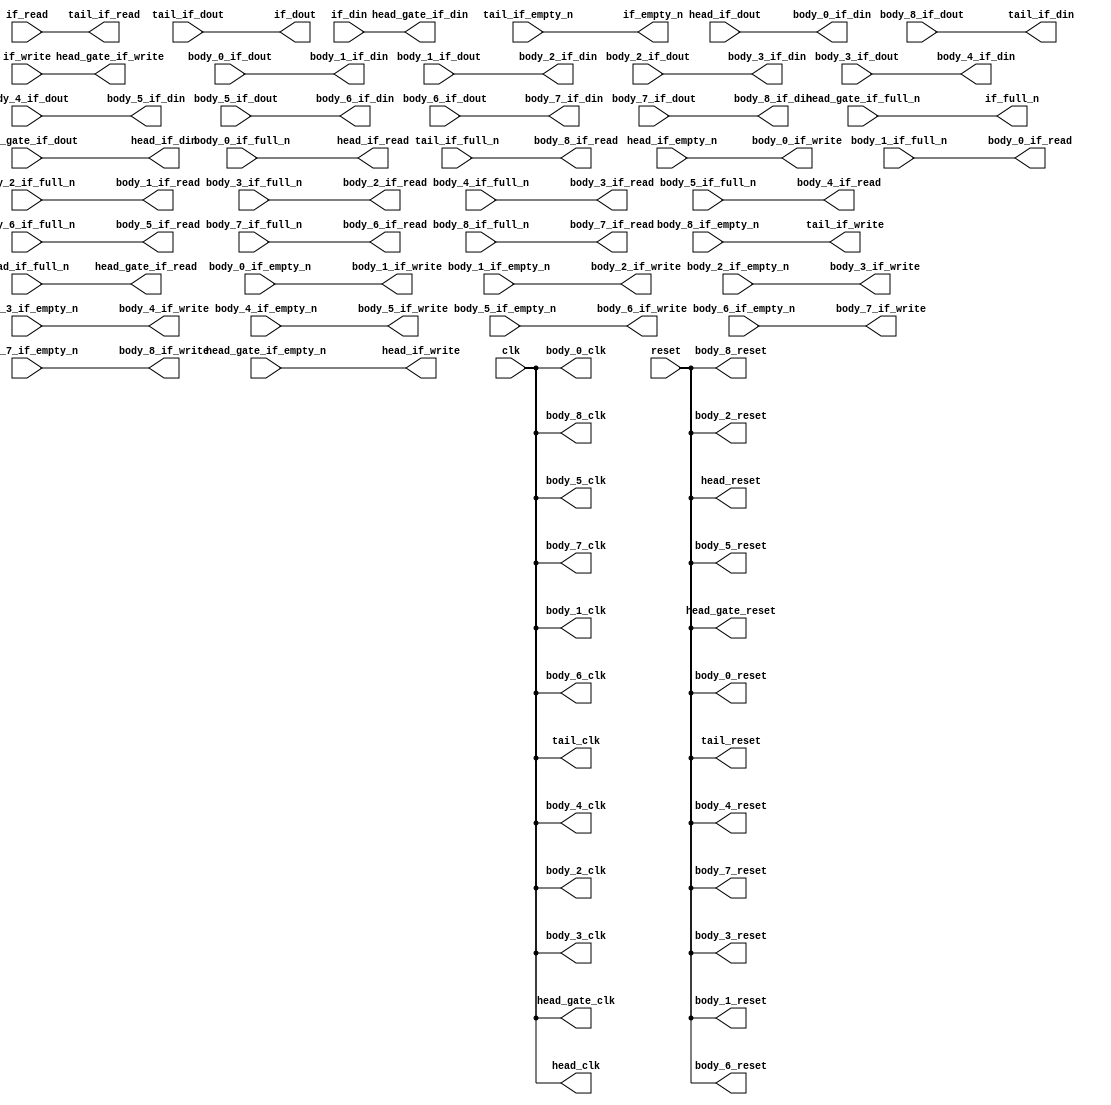
`timescale 1 ns / 1 ps
module __rs___rs_hs_pipeline_aux #(
    parameter DATA_WIDTH                      = 32,
    parameter DEPTH                           = 24,
    parameter PIPELINE_READY_IN_HEAD          = 1,
    parameter PIPELINE_VALID_AND_DATA_IN_HEAD = 0,
    parameter PIPELINE_BODY_LEVEL             = 2,
    parameter MEM_STYLE                       = 0,
    parameter __HEAD_REGION                   = "",
    parameter __BODY_0_REGION                 = "",
    parameter __BODY_1_REGION                 = "",
    parameter __BODY_2_REGION                 = "",
    parameter __BODY_3_REGION                 = "",
    parameter __BODY_4_REGION                 = "",
    parameter __BODY_5_REGION                 = "",
    parameter __BODY_6_REGION                 = "",
    parameter __BODY_7_REGION                 = "",
    parameter __BODY_8_REGION                 = "",
    parameter __TAIL_REGION                   = "",
    parameter GRACE_PERIOD                    = PIPELINE_BODY_LEVEL * 2 + PIPELINE_READY_IN_HEAD + PIPELINE_VALID_AND_DATA_IN_HEAD,
    parameter REAL_DEPTH                      = GRACE_PERIOD + DEPTH + 4,
    parameter REAL_ADDR_WIDTH                 = $clog2 ( REAL_DEPTH )
) (
    input wire                       clk,
    input wire                       reset,
    output wire                      if_full_n,
    input wire                       if_write,
    input wire  [(DATA_WIDTH - 1):0] if_din,
    output wire                      if_empty_n,
    input wire                       if_read,
    output wire [(DATA_WIDTH - 1):0] if_dout,
    output wire                      head_gate_clk,
    output wire [(DATA_WIDTH - 1):0] head_gate_if_din,
    input wire  [(DATA_WIDTH - 1):0] head_gate_if_dout,
    input wire                       head_gate_if_empty_n,
    input wire                       head_gate_if_full_n,
    output wire                      head_gate_if_read,
    output wire                      head_gate_if_write,
    output wire                      head_gate_reset,
    output wire                      head_clk,
    output wire [(DATA_WIDTH - 1):0] head_if_din,
    input wire  [(DATA_WIDTH - 1):0] head_if_dout,
    input wire                       head_if_empty_n,
    input wire                       head_if_full_n,
    output wire                      head_if_read,
    output wire                      head_if_write,
    output wire                      head_reset,
    output wire                      body_0_clk,
    output wire [(DATA_WIDTH - 1):0] body_0_if_din,
    input wire  [(DATA_WIDTH - 1):0] body_0_if_dout,
    input wire                       body_0_if_empty_n,
    input wire                       body_0_if_full_n,
    output wire                      body_0_if_read,
    output wire                      body_0_if_write,
    output wire                      body_0_reset,
    output wire                      body_1_clk,
    output wire [(DATA_WIDTH - 1):0] body_1_if_din,
    input wire  [(DATA_WIDTH - 1):0] body_1_if_dout,
    input wire                       body_1_if_empty_n,
    input wire                       body_1_if_full_n,
    output wire                      body_1_if_read,
    output wire                      body_1_if_write,
    output wire                      body_1_reset,
    output wire                      body_2_clk,
    output wire [(DATA_WIDTH - 1):0] body_2_if_din,
    input wire  [(DATA_WIDTH - 1):0] body_2_if_dout,
    input wire                       body_2_if_empty_n,
    input wire                       body_2_if_full_n,
    output wire                      body_2_if_read,
    output wire                      body_2_if_write,
    output wire                      body_2_reset,
    output wire                      body_3_clk,
    output wire [(DATA_WIDTH - 1):0] body_3_if_din,
    input wire  [(DATA_WIDTH - 1):0] body_3_if_dout,
    input wire                       body_3_if_empty_n,
    input wire                       body_3_if_full_n,
    output wire                      body_3_if_read,
    output wire                      body_3_if_write,
    output wire                      body_3_reset,
    output wire                      body_4_clk,
    output wire [(DATA_WIDTH - 1):0] body_4_if_din,
    input wire  [(DATA_WIDTH - 1):0] body_4_if_dout,
    input wire                       body_4_if_empty_n,
    input wire                       body_4_if_full_n,
    output wire                      body_4_if_read,
    output wire                      body_4_if_write,
    output wire                      body_4_reset,
    output wire                      body_5_clk,
    output wire [(DATA_WIDTH - 1):0] body_5_if_din,
    input wire  [(DATA_WIDTH - 1):0] body_5_if_dout,
    input wire                       body_5_if_empty_n,
    input wire                       body_5_if_full_n,
    output wire                      body_5_if_read,
    output wire                      body_5_if_write,
    output wire                      body_5_reset,
    output wire                      body_6_clk,
    output wire [(DATA_WIDTH - 1):0] body_6_if_din,
    input wire  [(DATA_WIDTH - 1):0] body_6_if_dout,
    input wire                       body_6_if_empty_n,
    input wire                       body_6_if_full_n,
    output wire                      body_6_if_read,
    output wire                      body_6_if_write,
    output wire                      body_6_reset,
    output wire                      body_7_clk,
    output wire [(DATA_WIDTH - 1):0] body_7_if_din,
    input wire  [(DATA_WIDTH - 1):0] body_7_if_dout,
    input wire                       body_7_if_empty_n,
    input wire                       body_7_if_full_n,
    output wire                      body_7_if_read,
    output wire                      body_7_if_write,
    output wire                      body_7_reset,
    output wire                      body_8_clk,
    output wire [(DATA_WIDTH - 1):0] body_8_if_din,
    input wire  [(DATA_WIDTH - 1):0] body_8_if_dout,
    input wire                       body_8_if_empty_n,
    input wire                       body_8_if_full_n,
    output wire                      body_8_if_read,
    output wire                      body_8_if_write,
    output wire                      body_8_reset,
    output wire                      tail_clk,
    output wire [(DATA_WIDTH - 1):0] tail_if_din,
    input wire  [(DATA_WIDTH - 1):0] tail_if_dout,
    input wire                       tail_if_empty_n,
    input wire                       tail_if_full_n,
    output wire                      tail_if_read,
    output wire                      tail_if_write,
    output wire                      tail_reset
);
    wire                  gate_valid;
    wire                  gate_ready;
    wire [DATA_WIDTH-1:0] gate_data ;
    wire                  body_outbound_0_valid;
    wire                  body_outbound_0_ready;
    wire [DATA_WIDTH-1:0] body_outbound_0_data ;
    wire                  body_outbound_1_valid;
    wire                  body_outbound_1_ready;
    wire [DATA_WIDTH-1:0] body_outbound_1_data ;
    wire                  body_outbound_2_valid;
    wire                  body_outbound_2_ready;
    wire [DATA_WIDTH-1:0] body_outbound_2_data ;
    wire                  body_outbound_3_valid;
    wire                  body_outbound_3_ready;
    wire [DATA_WIDTH-1:0] body_outbound_3_data ;
    wire                  body_outbound_4_valid;
    wire                  body_outbound_4_ready;
    wire [DATA_WIDTH-1:0] body_outbound_4_data ;
    wire                  body_outbound_5_valid;
    wire                  body_outbound_5_ready;
    wire [DATA_WIDTH-1:0] body_outbound_5_data ;
    wire                  body_outbound_6_valid;
    wire                  body_outbound_6_ready;
    wire [DATA_WIDTH-1:0] body_outbound_6_data ;
    wire                  body_outbound_7_valid;
    wire                  body_outbound_7_ready;
    wire [DATA_WIDTH-1:0] body_outbound_7_data ;
    wire                  body_outbound_8_valid;
    wire                  body_outbound_8_ready;
    wire [DATA_WIDTH-1:0] body_outbound_8_data ;
    wire                  body_outbound_9_valid;
    wire                  body_outbound_9_ready;
    wire [DATA_WIDTH-1:0] body_outbound_9_data ;
  assign head_gate_clk = clk;
  assign head_gate_if_din = if_din;
  assign gate_data = head_gate_if_dout;
  assign gate_valid = head_gate_if_empty_n;
  assign if_full_n = head_gate_if_full_n;
  assign head_gate_if_read = gate_ready;
  assign head_gate_if_write = if_write;
  assign head_gate_reset = reset;
  assign head_clk = clk;
  assign head_if_din = gate_data;
  assign body_outbound_0_data = head_if_dout;
  assign body_outbound_0_valid = head_if_empty_n;
  assign gate_ready = head_if_full_n;
  assign head_if_read = body_outbound_0_ready;
  assign head_if_write = gate_valid;
  assign head_reset = reset;
  assign body_0_clk = clk;
  assign body_0_if_din = body_outbound_0_data;
  assign body_outbound_1_data = body_0_if_dout;
  assign body_outbound_1_valid = body_0_if_empty_n;
  assign body_outbound_0_ready = body_0_if_full_n;
  assign body_0_if_read = body_outbound_1_ready;
  assign body_0_if_write = body_outbound_0_valid;
  assign body_0_reset = reset;
  assign body_1_clk = clk;
  assign body_1_if_din = body_outbound_1_data;
  assign body_outbound_2_data = body_1_if_dout;
  assign body_outbound_2_valid = body_1_if_empty_n;
  assign body_outbound_1_ready = body_1_if_full_n;
  assign body_1_if_read = body_outbound_2_ready;
  assign body_1_if_write = body_outbound_1_valid;
  assign body_1_reset = reset;
  assign body_2_clk = clk;
  assign body_2_if_din = body_outbound_2_data;
  assign body_outbound_3_data = body_2_if_dout;
  assign body_outbound_3_valid = body_2_if_empty_n;
  assign body_outbound_2_ready = body_2_if_full_n;
  assign body_2_if_read = body_outbound_3_ready;
  assign body_2_if_write = body_outbound_2_valid;
  assign body_2_reset = reset;
  assign body_3_clk = clk;
  assign body_3_if_din = body_outbound_3_data;
  assign body_outbound_4_data = body_3_if_dout;
  assign body_outbound_4_valid = body_3_if_empty_n;
  assign body_outbound_3_ready = body_3_if_full_n;
  assign body_3_if_read = body_outbound_4_ready;
  assign body_3_if_write = body_outbound_3_valid;
  assign body_3_reset = reset;
  assign body_4_clk = clk;
  assign body_4_if_din = body_outbound_4_data;
  assign body_outbound_5_data = body_4_if_dout;
  assign body_outbound_5_valid = body_4_if_empty_n;
  assign body_outbound_4_ready = body_4_if_full_n;
  assign body_4_if_read = body_outbound_5_ready;
  assign body_4_if_write = body_outbound_4_valid;
  assign body_4_reset = reset;
  assign body_5_clk = clk;
  assign body_5_if_din = body_outbound_5_data;
  assign body_outbound_6_data = body_5_if_dout;
  assign body_outbound_6_valid = body_5_if_empty_n;
  assign body_outbound_5_ready = body_5_if_full_n;
  assign body_5_if_read = body_outbound_6_ready;
  assign body_5_if_write = body_outbound_5_valid;
  assign body_5_reset = reset;
  assign body_6_clk = clk;
  assign body_6_if_din = body_outbound_6_data;
  assign body_outbound_7_data = body_6_if_dout;
  assign body_outbound_7_valid = body_6_if_empty_n;
  assign body_outbound_6_ready = body_6_if_full_n;
  assign body_6_if_read = body_outbound_7_ready;
  assign body_6_if_write = body_outbound_6_valid;
  assign body_6_reset = reset;
  assign body_7_clk = clk;
  assign body_7_if_din = body_outbound_7_data;
  assign body_outbound_8_data = body_7_if_dout;
  assign body_outbound_8_valid = body_7_if_empty_n;
  assign body_outbound_7_ready = body_7_if_full_n;
  assign body_7_if_read = body_outbound_8_ready;
  assign body_7_if_write = body_outbound_7_valid;
  assign body_7_reset = reset;
  assign body_8_clk = clk;
  assign body_8_if_din = body_outbound_8_data;
  assign body_outbound_9_data = body_8_if_dout;
  assign body_outbound_9_valid = body_8_if_empty_n;
  assign body_outbound_8_ready = body_8_if_full_n;
  assign body_8_if_read = body_outbound_9_ready;
  assign body_8_if_write = body_outbound_8_valid;
  assign body_8_reset = reset;
  assign tail_clk = clk;
  assign tail_if_din = body_outbound_9_data;
  assign if_dout = tail_if_dout;
  assign if_empty_n = tail_if_empty_n;
  assign body_outbound_9_ready = tail_if_full_n;
  assign tail_if_read = if_read;
  assign tail_if_write = body_outbound_9_valid;
  assign tail_reset = reset;
endmodule